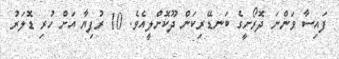
ފައިސާ ވަންނަ ދޮރޯށީގެ ބަނޑޭރިކަން ދޫކޮށްލީއެވެ. 10 ރުފިޔާ އަށް ހުރި ޑޮލަރު